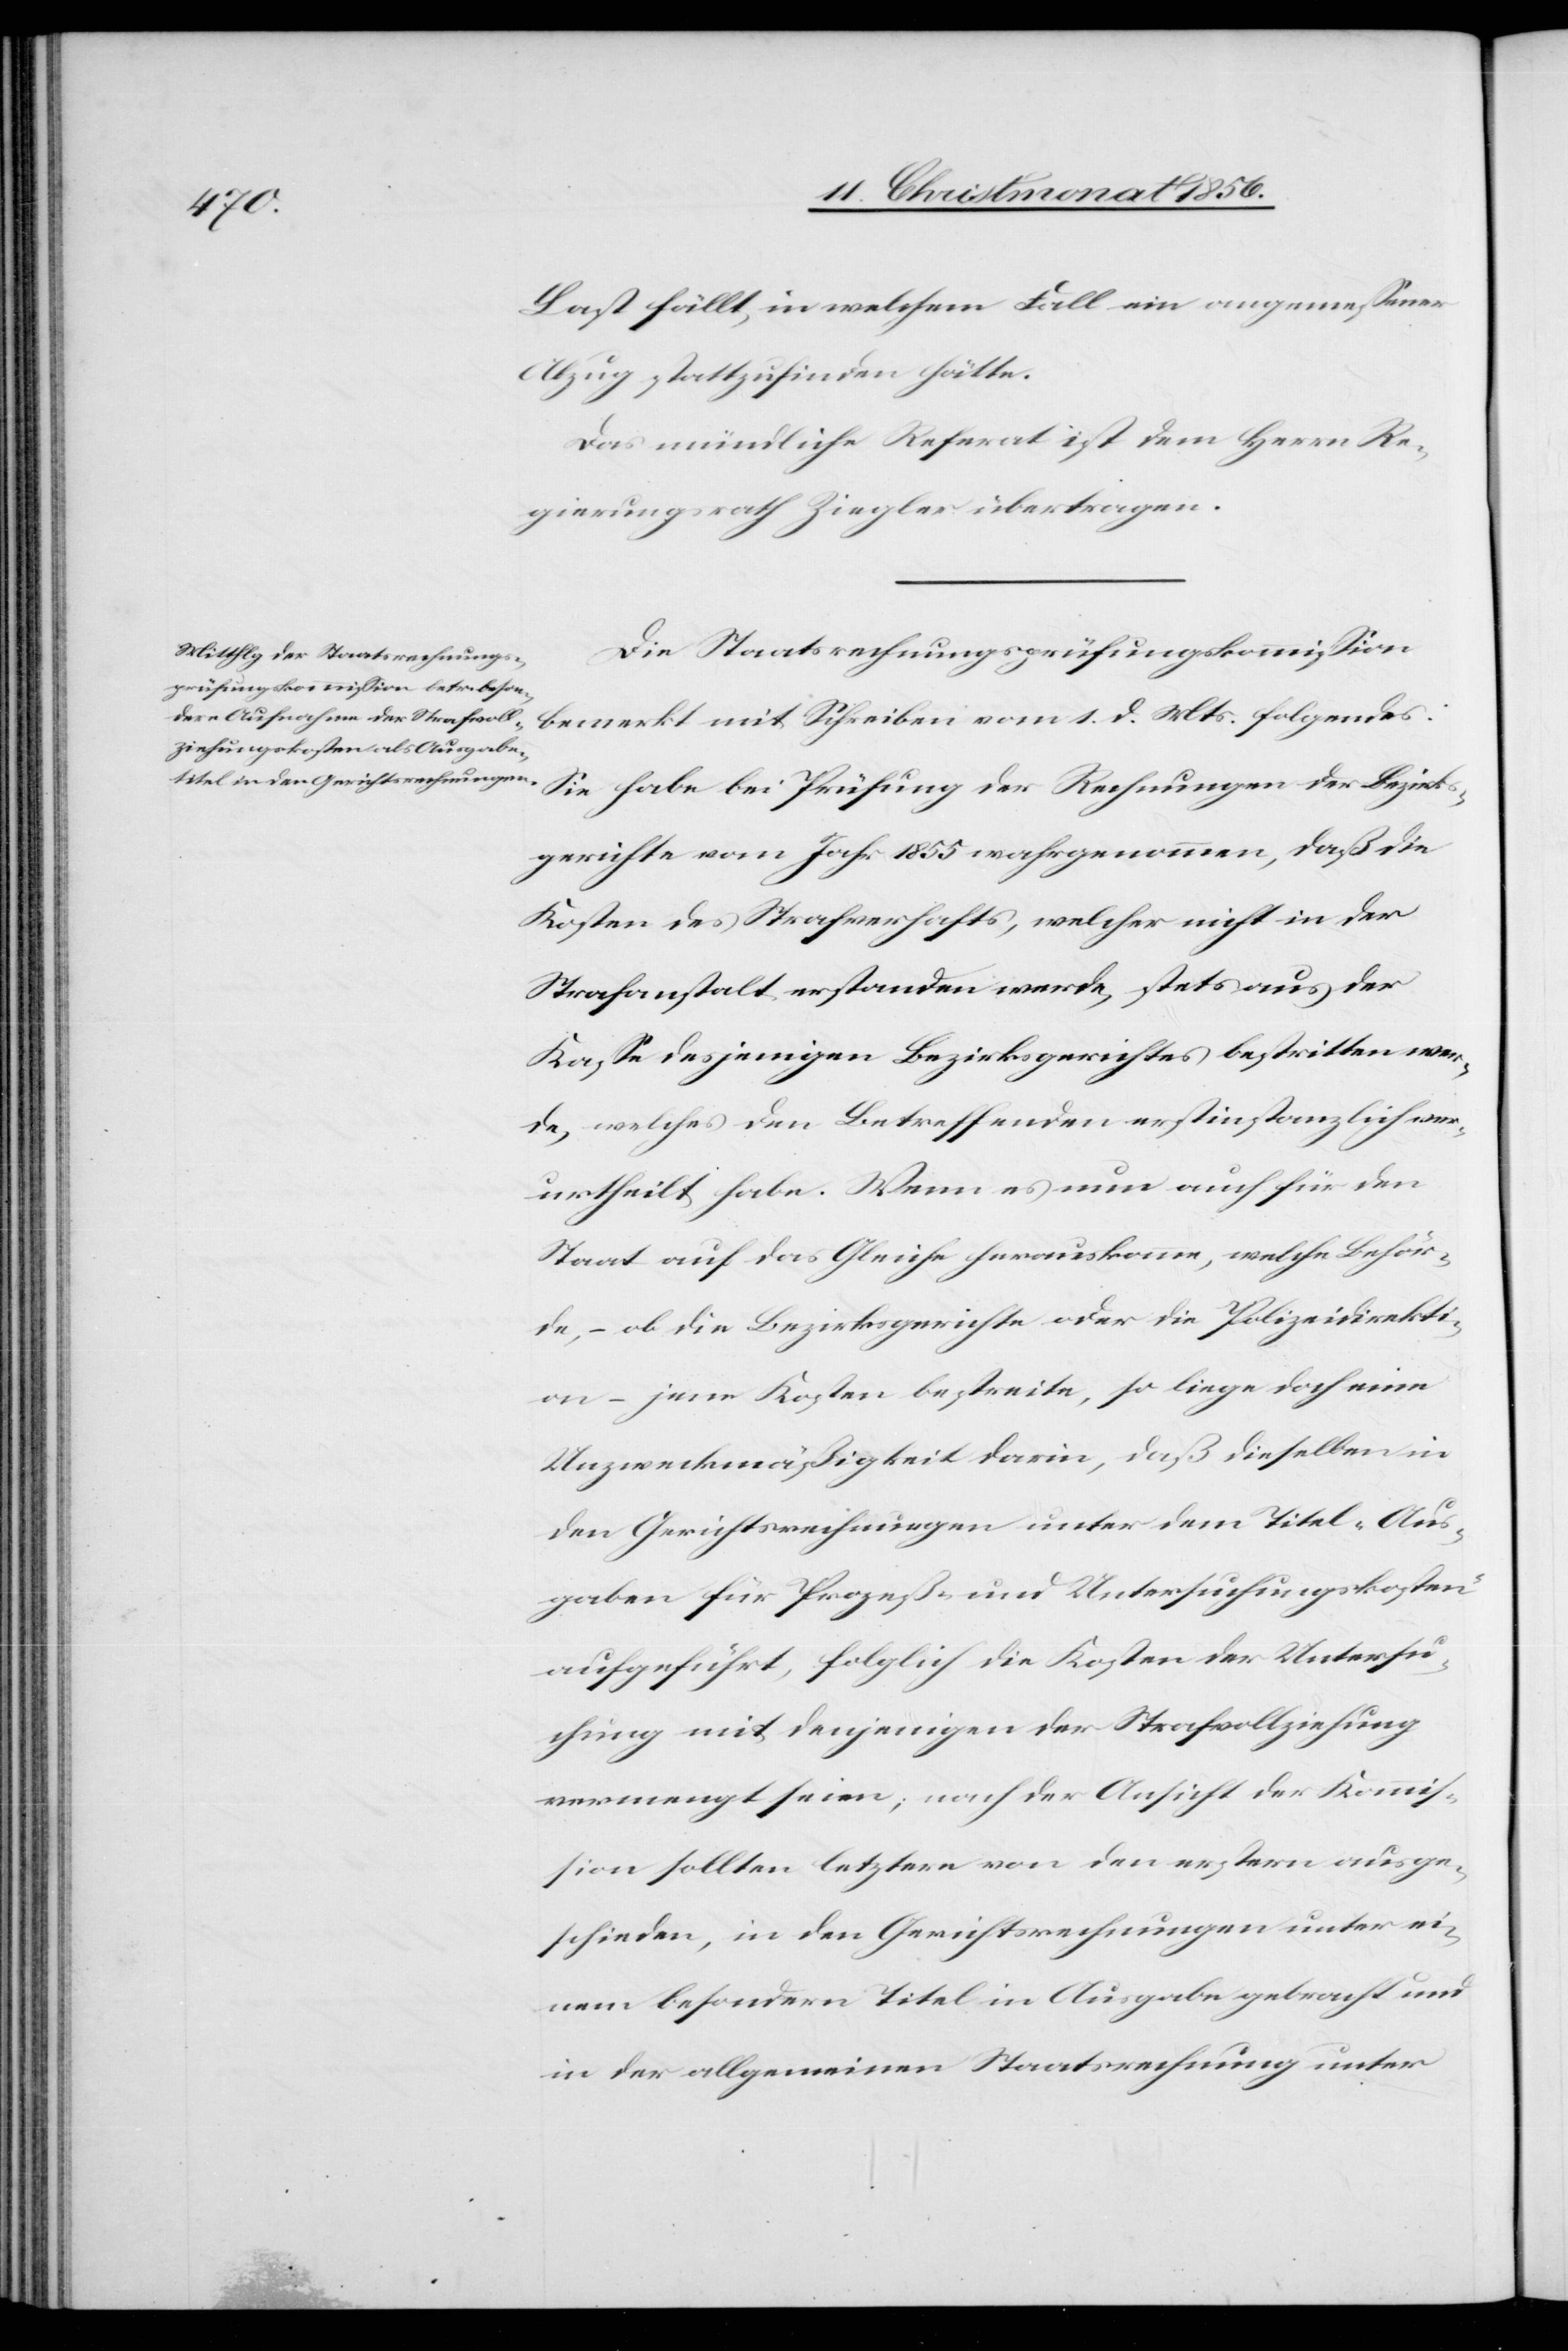
Last fällt, in welchem Fall ein angemessener
Abzug stattzufinden hätte.
Das mündliche Referat ist dem Herrn Re¬
gierungsrath Ziegler übertragen.
Die Staatsrechnungsprüfungskommission
der Rechnungen der Bezirks¬
bemerkt mit Schreiben vom 1. d. Mts. folgendes:
gerichte vom Jahr 1855 wahrgenommen, daß die
Kosten des Strafverhafts, welcher nicht in der
Strafanstalt erstanden werde, stets aus der
Kasse desjenigen Bezirksgerichtes bestritten wer¬
de, welches den Betreffenden erstinstanzlich ver¬
urtheilt habe. Wenn es nun auch für den
Staat auf das Gleiche herauskomme, welche Behör¬
de, – ob die Bezirksgerichte oder die Polizeidirekti¬
on – jene Kosten bestreite, so liege doch eine
Unzweckmäßigkeit darin, daß dieselben in
den Gerichtsrechnungen unter dem Titel „Aus¬
gaben für Prozeß- und Untersuchungskosten“
aufgeführt, folglich die Kosten der Untersu¬
chung mit denjenigen der Strafvollziehung
vermengt seien; nach der Ansicht der Kommis¬
sion sollten letztere von den erstern ausge¬
schieden, in den Gerichtsrechnungen unter ei¬
nem besondern Titel in Ausgabe gebracht und
in der allgemeinen Staatsrechnung unter